Leaving Certificate Examination, 1912
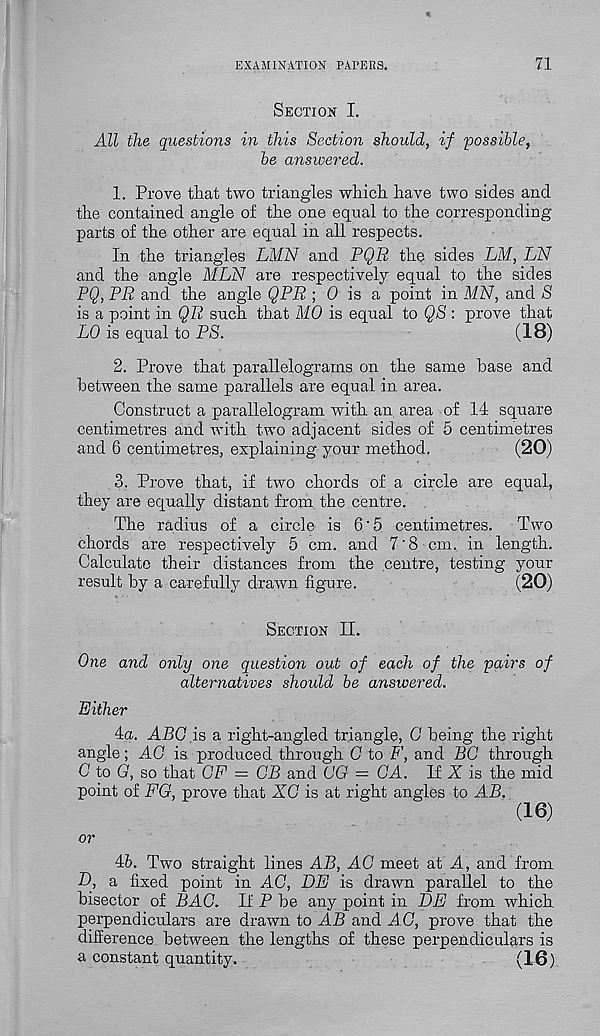
EXAMINATION PAPERS.
71
Section I.
All the questions in this Section should, if 'possible,
be answered.
1. Prove that two triangles which have two sides and
the contained angle of the one equal to the corresponding
parts of the other are equal in all respects.
In the triangles LMN and PQR the sides LM, LN
and the angle MLN are respectively equal to the sides
PQ, PR and the angle QPR ; 0 is a point in MN, and S
is a point in QR such that MO is equal to QS: prove that
LO is equal to PS.
(18)
2. Prove that parallelograms on the same base and
between the same parallels are equal in area.
Construct a parallelogram with an area of 14 square
centimetres and with two adjacent sides of 5 centimetres
and 6 centimetres, explaining your method.
(20)
3. Prove that, if two chords of a circle are equal,
they are equally distant from the centre.
The radius of a circle is 6'5 centimetres.
Two
chords are respectively 5 cm. and 7'8 cm. in length.
Calculate their distances from the centre, testing your
result by a carefully drawn figure.
(20)
Section II.
One and only one question out of each of the pairs of
alternatives should be answered.
Either
4a. ABO is a right-angled triangle, G being the right
angle; AG is produced through G to F, and BG through
G to G, so that GF — GB and GG = OA. If X is the mid
point of FG, prove that XG is at right angles to AB.
(16)
or
46. Two straight lines AB, AG meet at A, and from
D, a fixed point in AG, DE is drawn parallel to the
bisector of BAG. If P be any point in DE from which
perpendiculars are drawn to AB and AG, prove that the
difference between the lengths of these perpendiculars is
a constant quantity.
(16)